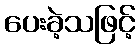
ပေးခဲ့သဖြင့်